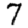
Digit: 7